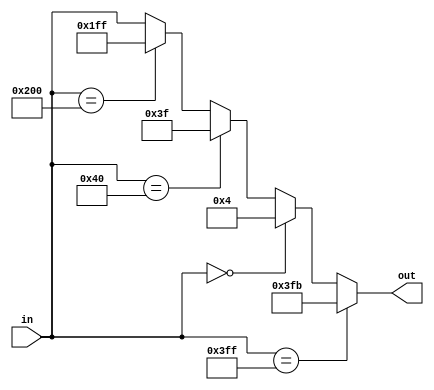
module syncword_filter(
	input wire [9:0] in,
	output reg [9:0] out
	);

always @*	begin
	if (in == 10'd1023)
		out = 10'd1019;
	else if (in == 10'd0)
		out = 10'd4;
	else if (in == 10'd64)
		out = 10'd63;	
	else if (in == 10'd512)
		out = 10'd511;	
	else
		out = in;
end

endmodule